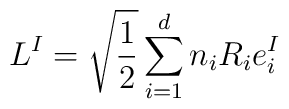
L^{I}= \sqrt \frac{1}{2} \sum_{i=1}^{d} n_{i} R_{i} e_{i}^{I}